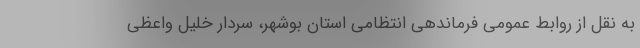
به نقل از روابط عمومی فرماندهی انتظامی استان بوشهر، سردار خلیل واعظی